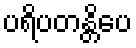
ပရိပတန္တိပေ